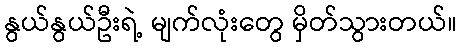
နွယ်နွယ်ဦးရဲ့ မျက်လုံးတွေ မှိတ်သွားတယ်။